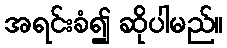
အရင်းခံ၍ ဆိုပါမည်။